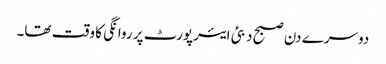
دوسرے دن صبح دبئی ایئرپورٹ پر روانگی کا وقت تھا۔